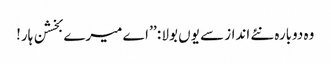
وہ دوبارہ نئے انداز سے یوں بولا : ’’ اے میرے بخشن ہار!